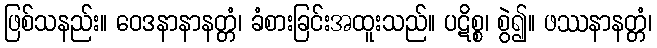
ဖြစ်သနည်း။ ဝေဒနာနာနတ္တံ၊ ခံစားခြင်းအထူးသည်။ ပဋိစ္စ၊ စွဲ၍။ ဖဿနာနတ္တံ၊